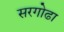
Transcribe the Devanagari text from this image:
सरगोढा